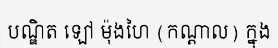
បណ្ឌិត ឡៅ ម៉ុងហៃ (កណ្តាល) ក្នុង